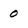
Character: 0